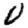
Digit: 0